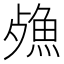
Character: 𣩕